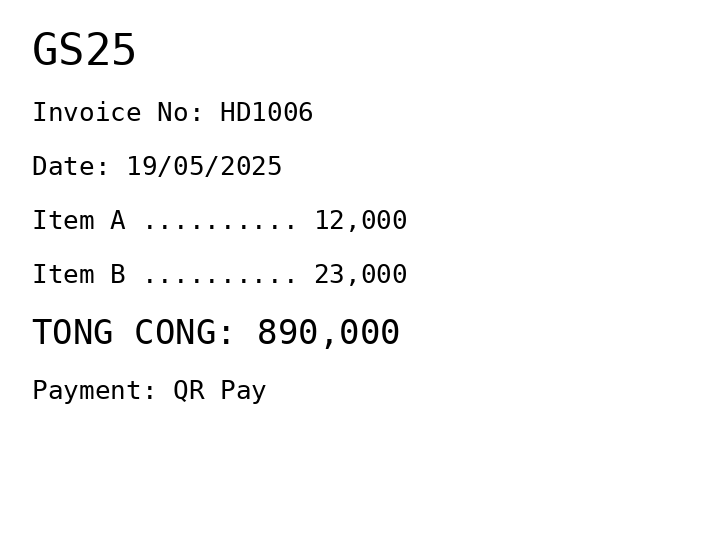
GS25
Invoice No: HD1006
Date: 19/05/2025
Item A .......... 12,000
Item B .......... 23,000
TONG CONG: 890,000
Payment: QR Pay
Merchant: gs25
Date: 2025-05-19
Total: 890000
Invoice No: HD1006
Payment method: QR